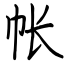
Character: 帐